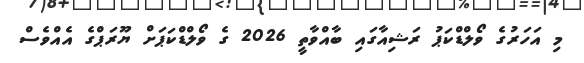
މި އަހަރުގެ ވޯލްޑްކަޕު ރަޝިއާގައި ބާއްވާތީ 2026 ގެ ވޯލްޑްކަޕަށް ޔޫރަޕްގެ އެއްވެސް